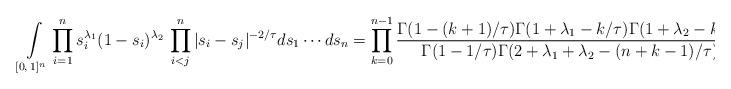
LaTeX: \begin{align*}\int\limits_{[0,\,1]^n} \prod_{i=1}^n s_i^{\lambda_1}(1-s_i)^{\lambda_2}\, \prod\limits_{i<j}^n |s_i-s_j|^{-2/\tau} ds_1\cdots ds_n = \prod_{k=0}^{n-1}\frac{\Gamma(1-(k+1)/\tau)\Gamma(1+\lambda_1-k/\tau)\Gamma(1+\lambda_2-k/\tau)}{\Gamma(1-1/\tau)\Gamma(2+\lambda_1+\lambda_2-(n+k-1)/\tau)}, \end{align*}